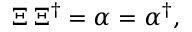
\Xi \, \Xi ^ { \dagger } = \alpha = \alpha ^ { \dagger } ,